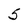
Character: 5